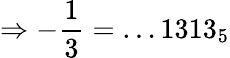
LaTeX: \Rightarrow-{\frac{1}{3}}=\dots 1313_{5}